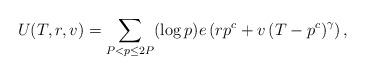
LaTeX: \begin{align*}U(T,r,v)=\sum_{P<p\leq2P}(\log p)e\left(rp^{c}+v\left(T-p^{c}\right)^{\gamma}\right),\end{align*}